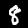
Label: 8